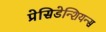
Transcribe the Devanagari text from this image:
प्रेसिडेन्शियन्स